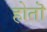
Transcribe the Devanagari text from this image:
होतॊ